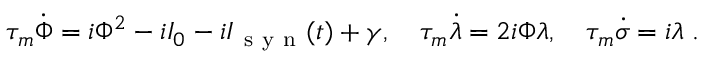
\begin{array} { r } { \tau _ { m } \dot { \Phi } = i \Phi ^ { 2 } - i I _ { 0 } - i I _ { \mathrm { ~ s ~ y ~ n ~ } } ( t ) + \gamma , \quad \tau _ { m } \dot { \lambda } = 2 i \Phi \lambda , \quad \tau _ { m } \dot { \sigma } = i \lambda \; . } \end{array}